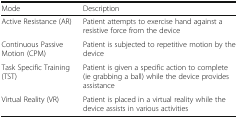
| Mode | Description |
 | --- | --- |
 | Active Resistance (AR) | Patient attempts to exercise hand against a resistive force from the device |
 | Continuous Passive Motion (CPM) | Patient is subjected to repetitive motion by the device |
 | Task Specific Training (TST) | Patient is given a specific action to complete (ie grabbing a ball) while the device provides assistance |
 | Virtual Reality (VR) | Patient is placed in a virtual reality while the device assists in various activities |